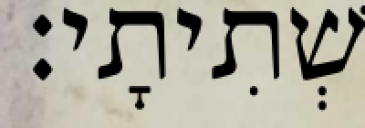
שְׁתִיתָי׃